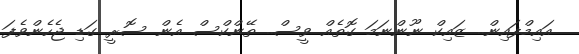
އައިމްފައިން.. ޒައިކް ނޫންނަމަ ގޮތެއް ވީސް.. ތޭންކްސް އެން ސޮރީ ގަޑި ޖެހެންވެފަ